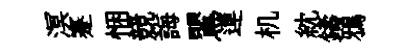
溟蹇悃競誨鸎連机紞鑄鴉